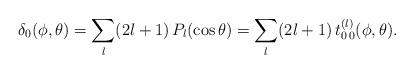
LaTeX: \begin{align*}\delta_0(\phi,\theta)=\sum_l (2l+1)\, P_l(\cos\theta) =\sum_l (2l+1)\, t^{(l)}_{0\,0}(\phi,\theta) .\end{align*}